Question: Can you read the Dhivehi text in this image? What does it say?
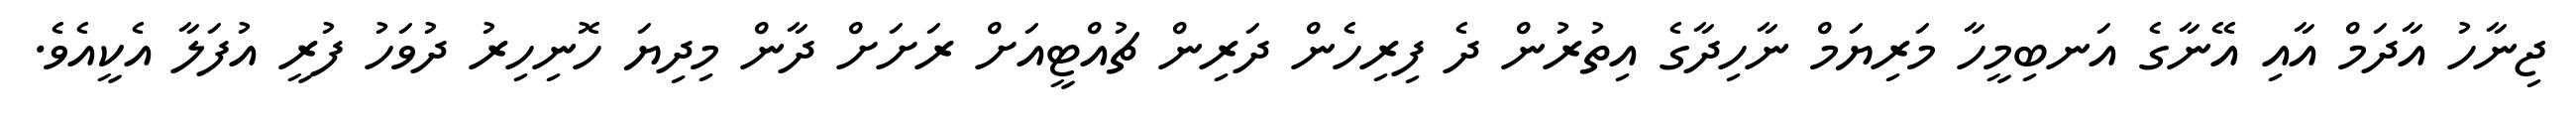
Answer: ޖިނާހު އާދަމް އާއި އޭނާގެ އަނބިމީހާ މަރިޔަމް ނާހިދާގެ އިތުރުން ދެ ފިރިހެން ދަރިން ޗުއްޓީއަށް ރަށަށް ދާން މިދިޔަ ހޮނިހިރު ދުވަހު ފުރީ އުފަލާ އެކީއެވެ.